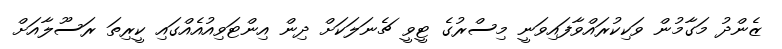
ޒެންދު މަގާމުން ވަކިކުރައްވާފައިވަނީ މިސްރުގެ ޓީވީ ޗެނަލަކަށް ދިން އިންޓަވިއުއެއްގައި ކީރިތަ ރަސޫލާއަށް